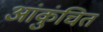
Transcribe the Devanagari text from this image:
आंकुंचित